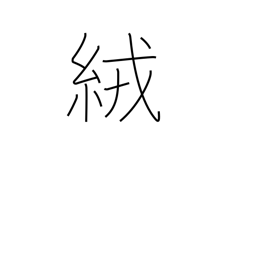
Meaning: wool cloth